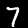
Label: 7